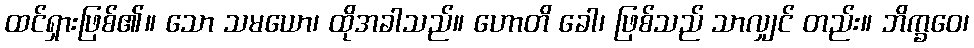
ထင်ရှားဖြစ်၏။ သော သမယော၊ ထိုအခါသည်။ ဟောတိ ခေါ၊ ဖြစ်သည် သာလျှင် တည်း။ ဘိက္ခဝေ၊